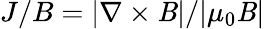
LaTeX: J/B=|\nabla\times\textbf{\emph{B}}|/|\mu_{0}\textbf{\emph{B}}|